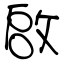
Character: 啟